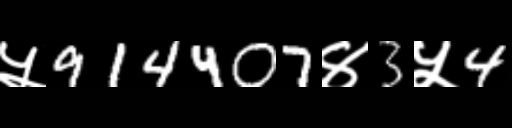
Text: ५914407४3५4